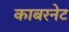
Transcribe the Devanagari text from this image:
काबरनेट